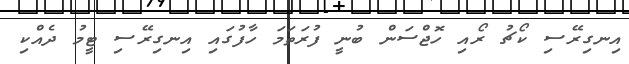
އިނގިރޭސި ކޯޗު ރޯއި ހޮޖްސަން ބުނީ ފުރަތަމަ ހާފުގައި އިނގިރޭސި ޓީމު ދެއްކި